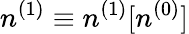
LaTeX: n^{(1)}\equiv n^{(1)}[n^{(0)}]